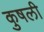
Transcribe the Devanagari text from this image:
कुषली